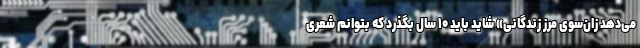
می‌دهد زان‌سوی مرز زندگانی» شاید باید ۱۰ ‌سال بگذرد که بتوانم شعری